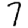
Digit: 7